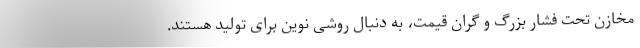
مخازن تحت فشار بزرگ و گران قیمت، به دنبال روشی نوین برای تولید هستند.